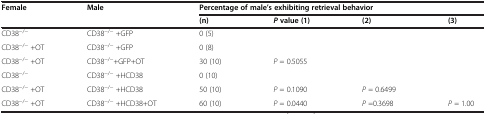
<table><thead><tr><td rowspan="2"><b>Female</b></td><td rowspan="2"><b>Male</b></td><td colspan="4"><b>Percentage of male’s exhibiting retrieval behavior</b></td></tr><tr><td><b>(n)</b></td><td><b><i>P </i>value (1)</b></td><td><b>(2)</b></td><td><b>(3)</b></td></tr></thead><tbody><tr><td>CD38<sup>−/−</sup></td><td>CD38<sup>−/−</sup> +GFP</td><td>0 (5)</td><td> </td><td> </td><td> </td></tr><tr><td>CD38<sup>−/−</sup> +OT</td><td>CD38<sup>−/−</sup> +GFP</td><td>0 (8)</td><td> </td><td> </td><td> </td></tr><tr><td>CD38<sup>−/−</sup> +OT</td><td>CD38<sup>−/−</sup>+GFP+OT</td><td>30 (10)</td><td><i>P</i> = 0.5055</td><td> </td><td> </td></tr><tr><td>CD38<sup>−/−</sup></td><td>CD38<sup>−/−</sup> +HCD38</td><td>0 (10)</td><td> </td><td> </td><td> </td></tr><tr><td>CD38<sup>−/−</sup> +OT</td><td>CD38<sup>−/−</sup> +HCD38</td><td>50 (10)</td><td><i>P</i> = 0.1090</td><td><i>P</i> = 0.6499</td><td> </td></tr><tr><td>CD38<sup>−/−</sup> +OT</td><td>CD38<sup>−/−</sup> +HCD38+OT</td><td>60 (10)</td><td><i>P</i> = 0.0440</td><td><i>P</i> =0.3698</td><td><i>P</i> = 1.00</td></tr></tbody></table>